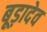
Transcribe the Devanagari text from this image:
बूड़ादेव